Civil Veterinary Dept. North-West Frontier Province 1901-22 - 1901-1922
Year: 1901
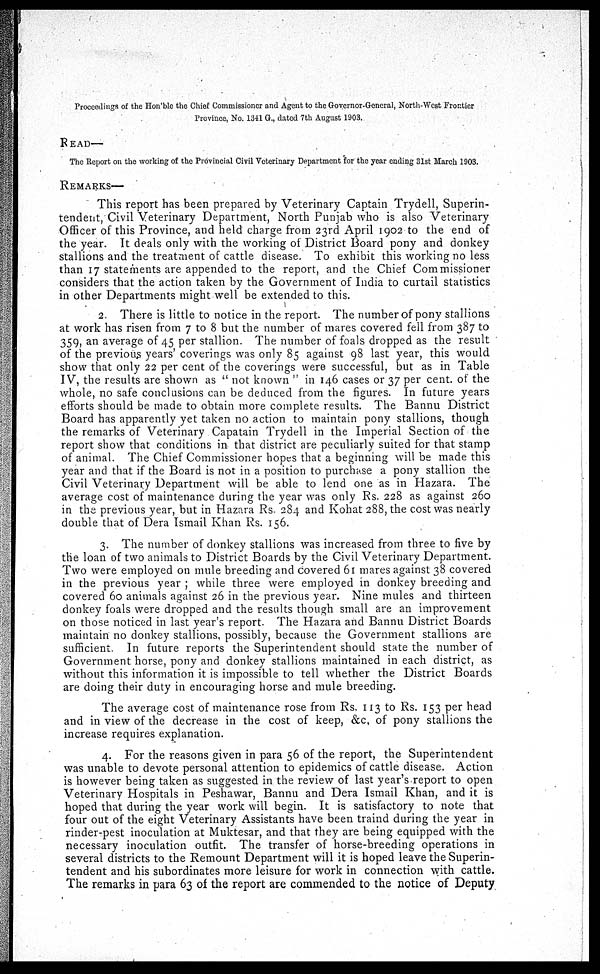
Proceedings of the Hon'ble the Chief Commissioner and Agent to the Governor-General, North-West Frontier
Province, No. 1341 G., dated 7th August 1903.
READ—
The Report on the working of the Provincial Civil Veterinary Department for the year ending 31st March 1903.
REMARKS—
This report has been prepared by Veterinary Captain Trydell, Superin-
tendent, Civil Veterinary Department, North Punjab who is also Veterinary
Officer of this Province, and held charge from 23rd April 1902 to the end of
the year. It deals only with the working of District Board pony and donkey
stallions and the treatment of cattle disease. To exhibit this working no less
than 17 statements are appended to the report, and the Chief Commissioner
considers that the action taken by the Government of India to curtail statistics
in other Departments might well be extended to this.
2. There is little to notice in the report. The number of pony stallions
at work has risen from 7 to 8 but the number of mares covered fell from 387 to
359, an average of 45 per stallion. The number of foals dropped as the result
of the previous years' coverings was only 85 against 98 last year, this would
show that only 22 per cent of the coverings were successful, but as in Table
IV, the results are shown as "not known" in 146 cases or 37 per cent. of the
whole, no safe conclusions can be deduced from the figures. In future years
efforts should be made to obtain more complete results. The Bannu District
Board has apparently yet taken no action to maintain pony stallions, though
the remarks of Veterinary Capatain Trydell in the Imperial Section of the
report show that conditions in that district are peculiarly suited for that stamp
of animal. The Chief Commissioner hopes that a beginning will be made this
year and that if the Board is not in a position to purchase a pony stallion the
Civil Veterinary Department will be able to lend one as in Hazara. The
average cost of maintenance during the year was only Rs. 228 as against 260
in the previous year, but in Hazara Rs. 284 and Kohat 288, the cost was nearly
double that of Dera Ismail Khan Rs. 156.
3. The number of donkey stallions was increased from three to five by
the loan of two animals to District Boards by the Civil Veterinary Department.
Two were employed on mule breeding and covered 61 mares against 38 covered
in the previous year; while three were employed in donkey breeding and
covered 60 animals against 26 in the previous year. Nine mules and thirteen
donkey foals were dropped and the results though small are an improvement
on those noticed in last year's report. The Hazara and Bannu District Boards
maintain no donkey stallions, possibly, because the Government stallions are
sufficient. In future reports the Superintendent should state the number of
Government horse, pony and donkey stallions maintained in each district, as
without this information it is impossible to tell whether the District Boards
are doing their duty in encouraging horse and mule breeding.
The average cost of maintenance rose from Rs. 113 to Rs. 153 per head
and in view of the decrease in the cost of keep, &c of pony stallions the
increase requires explanation.
4. For the reasons given in para 56 of the report, the Superintendent
was unable to devote personal attention to epidemics of cattle disease. Action
is however being taken as suggested in the review of last year's report to open
Veterinary Hospitals in Peshawar, Bannu and Dera Ismail Khan, and it is
hoped that during the year work will begin. It is satisfactory to note that
four out of the eight Veterinary Assistants have been traind during the year in
rinder-pest inoculation at Muktesar, and that they are being equipped with the
necessary inoculation outfit. The transfer of horse-breeding operations in
several districts to the Remount Department will it is hoped leave the Superin-
tendent and his subordinates more leisure for work in connection with cattle.
The remarks in para 63 of the report are commended to the notice of Deputy